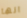
انها